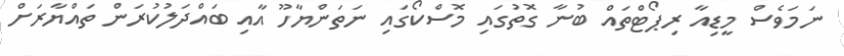
ނަމަވެސް މީޑިއާ ރިޕޯޓްތައް ބުނާ ގޮތުގައި މޮސްކޯގައި ނަތަންޔާހޫ އާއި ބައްދަލުކުރަން ތައްޔާރަށް